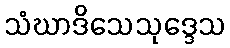
သံဃာဒိသေသုဒ္ဒေသ